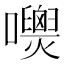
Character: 𡄺